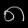
Digit: ၈